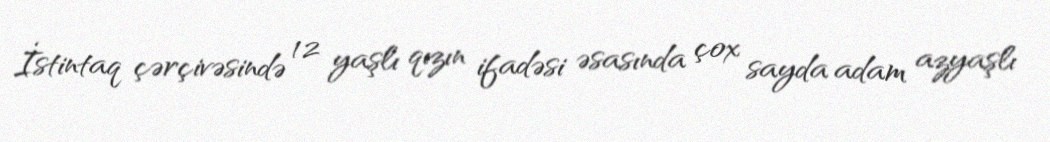
İstintaq çərçivəsində 12 yaşlı qızın ifadəsi əsasında çox sayda adam azyaşlı